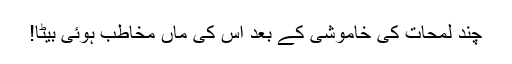
چند لمحات کی خاموشی کے بعد اس کی ماں مخاطب ہوئی بیٹا!